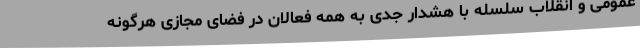
عمومی و انقلاب سلسله با هشدار جدی به همه فعالان در فضای مجازی هرگونه